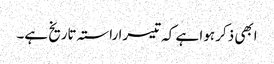
ابھی ذکر ہوا ہے کہ تیسرا راستہ تاریخ ہے۔